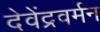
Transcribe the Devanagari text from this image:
देवेंद्रवर्मन